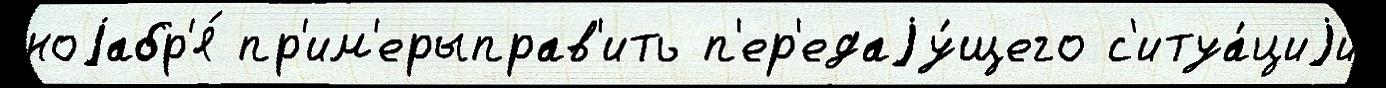
ноjабр'я́ пр'им'ерыправ'ить п'ер'едаjу́щего с'итуа́циjи